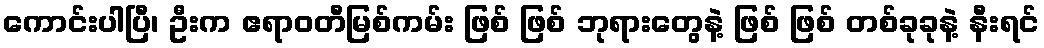
ကောင်းပါပြီ၊ ဦးက ဧရာဝတီမြစ်ကမ်း ဖြစ် ဖြစ် ဘုရားတွေနဲ့ ဖြစ် ဖြစ် တစ်ခုခုနဲ့ နီးရင်